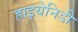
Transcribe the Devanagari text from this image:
हाइयेनिडी